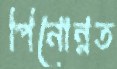
পিনোন্নত